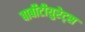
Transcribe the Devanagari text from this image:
बार्बीटीयुरेट्स